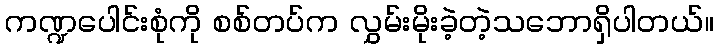
ကဏ္ဍပေါင်းစုံကို စစ်တပ်က လွှမ်းမိုးခဲ့တဲ့သဘောရှိပါတယ်။